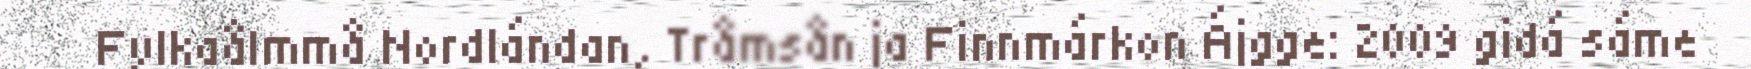
Fylkaålmmå Nordlándan, Tråmsån ja Finnmárkon Ájgge: 2009 gidá sáme